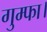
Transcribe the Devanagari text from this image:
गुम्फा।